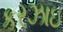
કરઝાઇ